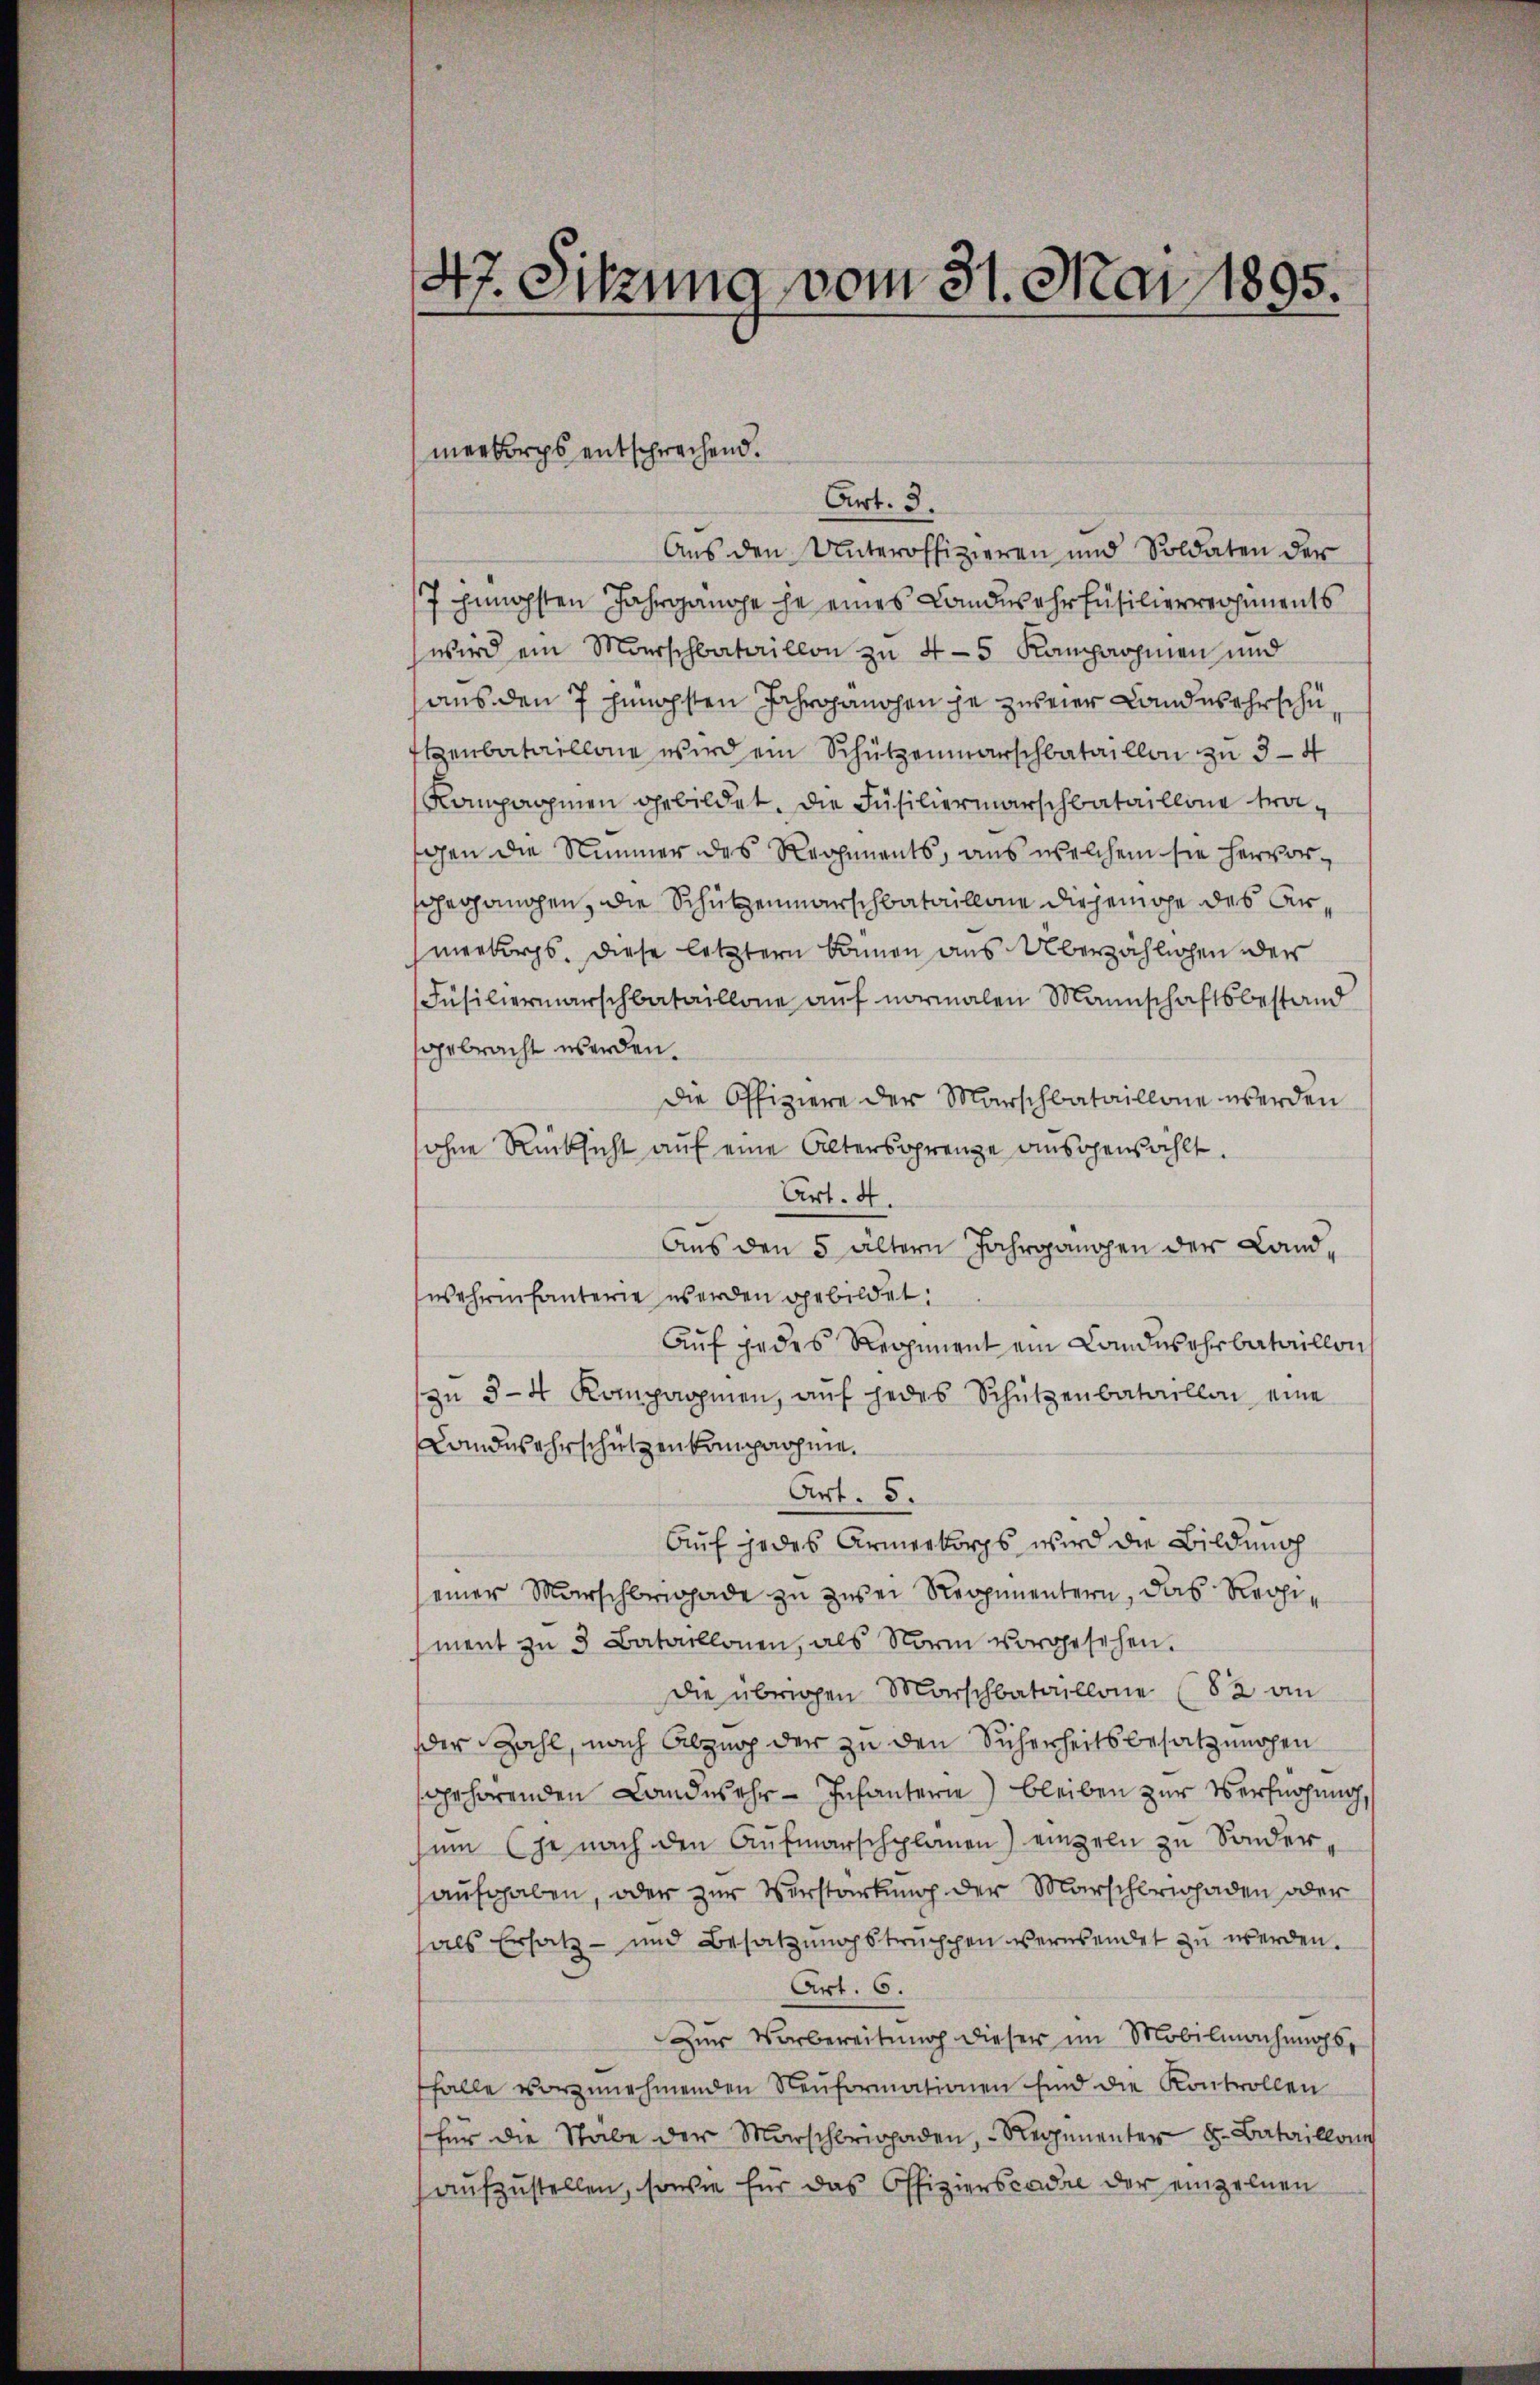
47. Sitzung vom 31. Mai 1895.

Art. 3.
Aus den Unteroffizieren und Soldaten der
7 jüngsten Jahrgangehe eines Landwehrfüsilierverhiments
wird ein Marschbataillon zu 4-5 Kampnohmen und
aus den 7 hünigsten Jahrhanden je zureier Landwehr schu¬
Henbataillone wird ein Schützenmarschbataillon zu 3-4
Kompagnien gebildet. Die Füsiliermarschbataillone tragen die Nimmer des Regiments, aus welchem sie hervoroergangen, die Schützenmarschbataillone die gemache des Armerbergs. Diese letztern können aus Überzählichen der
Füsiliermarschbataillone auf normalen Mannschaftsbestand
gebracht werden.
Die Offiziere der Marschbataillone werden
sohne Rücksicht auf eine Altersgrenze ausgewählt.
Art. 4.
Aus den 5 ältern Jahrgangen der Landwehrenfanterie werden gebildet:
Auf jedes Regiment ein Landes ehrbataillon
zŭ 3-4 Komparien, auf jedes Schützenbataillon eine
Landwehrschützen kompromie.
Art. 5.
Auf jedes Armeekorps wird die Bildung
einer Marschbrigade zu zwei Reppimentern, das Regiment zu 5 Bataillonen, als Norm vorgesehen.
Die übrigen Marschbataillone (82 an
der Zahl, nach Abzug der zu den Sicherheitsbesatzungen
gehörenden Landwehr-Infanterie) bleiben zur Verhöhung,
ŭm je nach den Aŭfmarschplanen) einzeln zu Sonderaufgaben, oder zur Verstärkung der Marschbrigaden oder
als Ersatz- und Besatzungstruppen versendet zu werden.
Art. 6.
Zur Vorbereitung dieser im Mobilmachungsffalle vorzunehmenden Neŭformationen sind die Kontrollen
für die Stabe der Marschbrigaden, Regenenter 8. Bataillone
aufzustellen, sowie für das Offizierscadre der einzelnen

menkorps entsprechend.